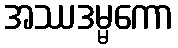
အဿဒမ္မကော